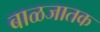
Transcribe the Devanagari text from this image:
बाळजातक